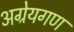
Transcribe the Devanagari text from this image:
अग्रेयगण